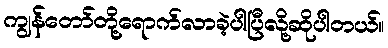
ကျွန်တော်တို့ရောက်လာခဲ့ပါပြီလို့ဆိုပါတယ်။